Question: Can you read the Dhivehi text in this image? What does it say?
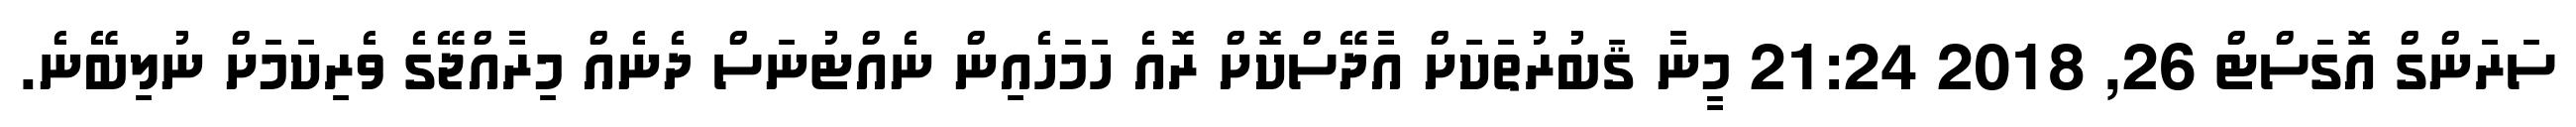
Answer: ސަރަންގް އޮގަސްޓް 26, 2018 21:24 މީނާ ޤަބުރުތަކަށް އާދޭސްކޮށް ރޮއެ ހަމަހެއިން ނެއްޓުނަސް ދެނެއް މިރާއްޖޭގެ ވެރިކަމަށް ނުލިބޭނެ.